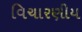
વિચારણીય